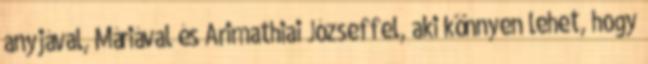
anyjával, Máriával és Arimathiai Józseffel, aki könnyen lehet, hogy